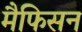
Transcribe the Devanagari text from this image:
मैफिसन